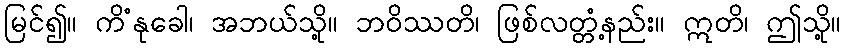
မြင်၍။ ကိံနုခေါ၊ အဘယ်သို့။ ဘဝိဿတိ၊ ဖြစ်လတ္တံ့နည်း။ ဣတိ၊ ဤသို့။